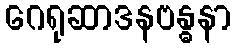
ဂေရုဆာဒနဗန္ဓနာ